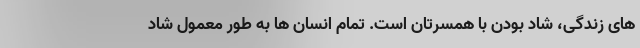
های زندگی، شاد بودن با همسرتان است. تمام انسان ها به طور معمول شاد